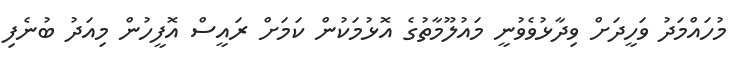
މުހައްމަދު ވަހީދަށް ވިދާޅުވެވުނީ މައުލޫމާތުގެ އޮޅުމަކުން ކަމަށް ރައީސް އޮފީހުން މިއަދު ބުނެފި